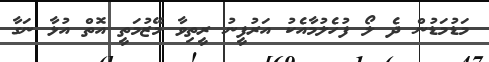
މަޑުމަޑުން ދެ ލޯ ފުހެލުމާއެކު އަރުފީނު ރީތިވާ މޭޒުމަތީ އޮތް އުޅާ ނަގާ